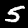
Label: 5